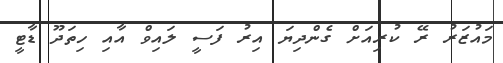
މައުޒަރު ރޭ ކުރިއަށް ގެންދިޔަ އިރު ފަސީ ލައިވް އާއި ހިތަދޫ ޑާޓީ